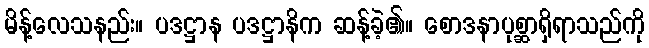
မိန့်လေသနည်း။ ပဒဋ္ဌာန ပဒဋ္ဌာနိက ဆန့်ခဲ့၏။ စောဒနာပုစ္ဆာရှိရာသည်ကို